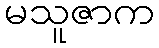
မသူဇာက